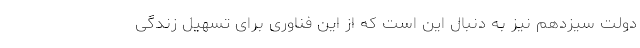
دولت سیزدهم نیز به دنبال این است که از این فناوری برای تسهیل زندگی